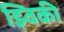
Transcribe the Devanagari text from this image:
झ्विकी